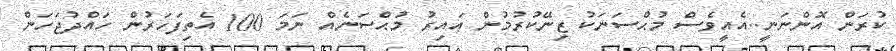
ކުރަން އޮންނަނީ..އެއީވެސް މުޙްސަނަކު ޒިނޭކުރުމުން ޢައިރު މުޙްސަނެއް ނަމަ 100 އެތިފަހަރުން ހައްދުޖަހަން